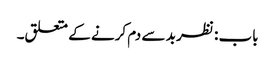
باب : نظر بد سے دم کرنے کے متعلق۔